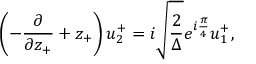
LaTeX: \left( - \frac { \partial } { { \partial } z _ { + } } + z _ { + } \right) u _ { 2 } ^ { + } = i \sqrt { \frac { 2 } { \Delta } } e ^ { i \frac { \pi } { 4 } } u _ { 1 } ^ { + } ,